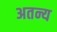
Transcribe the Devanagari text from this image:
अतन्य